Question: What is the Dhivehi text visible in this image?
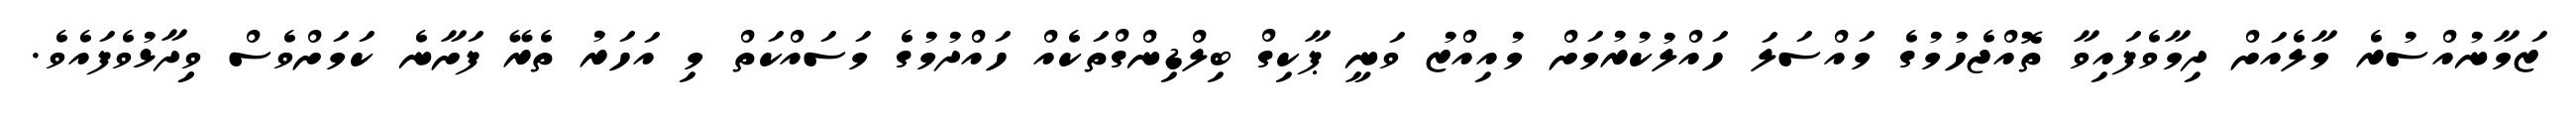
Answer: ޒަމާނުއްސުރެ މާލެއަށް ދިމާވެފައިވާ ތޮއްޖެހުމުގެ މައްސަލަ ހައްލުކުރުމަށް މުއިއްޒު ވަނީ ޕާކިގް ބިލްޑިންގްތަކެއް ހައްދުމުގެ މަސައްކަތް މި އަހަރު ތެރޭ ފަށާނެ ކަމަށްވެސް ވިިދާޅުވެފައެވެ.